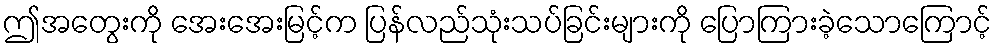
ဤအတွေးကို အေးအေးမြင့်က ပြန်လည်သုံးသပ်ခြင်းများကို ပြောကြားခဲ့သောကြောင့်